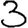
Digit: 3